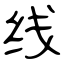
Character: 线